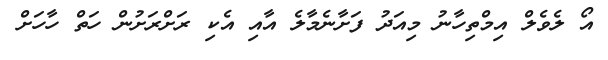
އޯ ލެވެލް އިމްތިހާނު މިއަދު ފަށާނެމާލެ އާއި އެކި ރަށްރަށުން ހަތް ހާހަށް